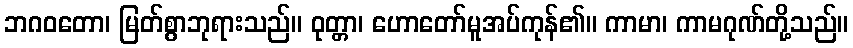
ဘဂဝတော၊ မြတ်စွာဘုရားသည်။ ဝုတ္တာ၊ ဟောတော်မူအပ်ကုန်၏။ ကာမာ၊ ကာမဂုဏ်တို့သည်။